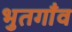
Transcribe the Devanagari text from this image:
भुतगाँव